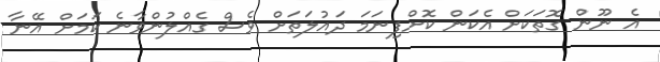
އެ ނޫން ގޮތަކަށް އެކަން ކޮށްފިނަމަ ދައުލަތަށް ވެސް ގެއްލުންވާނެ ކަމަށް އޭނާ